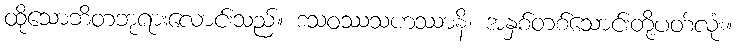
ထိုသောဘိတဘုရားလောင်းသည်။ ဒသဝဿသဟဿာနိ၊ အနှစ်တစ်သောင်းတို့ပတ်လုံး။